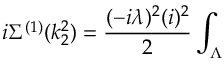
i \Sigma ^ { ( 1 ) } ( k _ { 2 } ^ { 2 } ) = \frac { ( - i \lambda ) ^ { 2 } ( i ) ^ { 2 } } { 2 } \int _ { \Lambda }